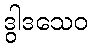
ဒွါဒသေဝ